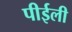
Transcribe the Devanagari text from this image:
पीईली